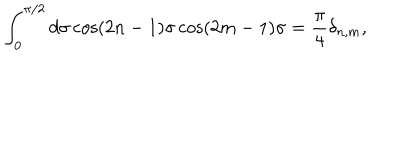
LaTeX: \int _ { 0 } ^ { \pi / 2 } d \sigma \cos ( 2 n - 1 ) \sigma \cos ( 2 m - 1 ) \sigma = \frac { \pi } { 4 } \delta _ { n , m } ,